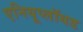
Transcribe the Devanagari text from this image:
एनियूप्लॉयड